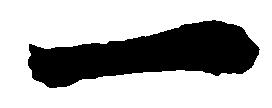
一